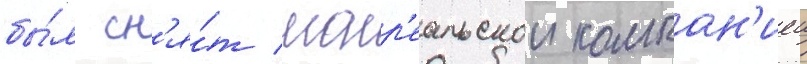
бы́л сн'я́т монр'еальскои компан'иеи